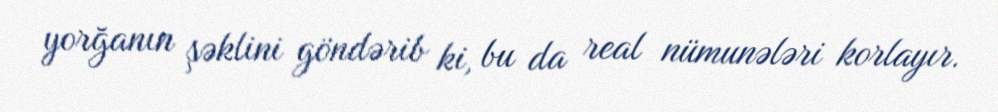
yorğanın şəklini göndərib ki, bu da real nümunələri korlayır.